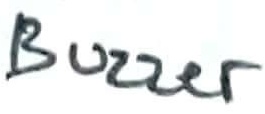
Text: Buzzer